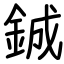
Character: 鋮